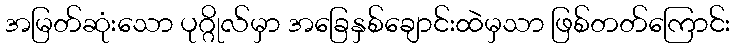
အမြတ်ဆုံးသော ပုဂ္ဂိုလ်မှာ အခြေနှစ်ချောင်းထဲမှသာ ဖြစ်တတ်ကြောင်း